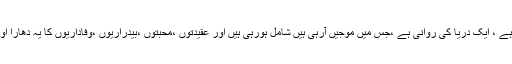
یہ ایک عظیم سیاسی فکر کا تسلسل ہے ، ایک دریا کی روانی ہے ،جس میں موجیں آرہی ہیں شامل ہورہی ہیں اور عقیدتوں ،محبتوں ،بیدراریوں ،وفاداریوں کا یہ دھارا اورزیادہ وسیع اور تیز ہوتا ھارہاہے ۔